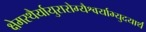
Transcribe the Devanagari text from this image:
क्षेमस्थैर्यायुरारोग्यैश्वर्याभ्युदयार्थं